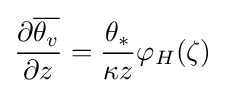
{\dfrac {\partial {\overline {\theta _{v}}}}{\partial z}}={\dfrac {\theta _{*}}{\kappa z}}\varphi _{H}(\zeta )